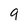
Character: 9